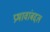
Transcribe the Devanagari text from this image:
प्रभावांबद्दल